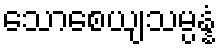
သောစေယျသမ္ပန္နံ